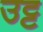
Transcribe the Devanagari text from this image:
उट्ट